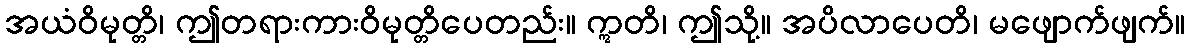
အယံဝိမုတ္တိ၊ ဤတရားကားဝိမုတ္တိပေတည်း။ ဣတိ၊ ဤသို့။ အပိလာပေတိ၊ မဖျောက်ဖျက်။